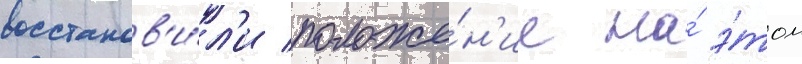
восстанов'и́л'и положе́н'ие на́ э́том